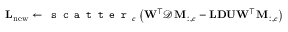
\mathbf { L } _ { \mathrm { n e w } } \leftarrow \texttt { s c a t t e r } _ { c } \left( \mathbf { W } ^ { \top } \mathcal { D } \mathbf { M } _ { : , c } - \mathbf { L } \mathbf { D } \mathbf { U } \mathbf { W } ^ { \top } \mathbf { M } _ { : , c } \right)